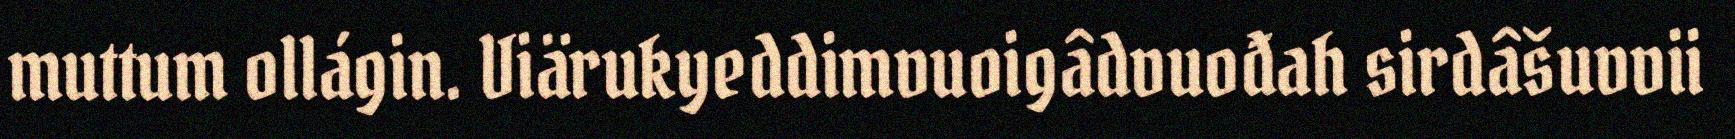
muttum ollágin. Viärukyeddimvuoigâdvuođah sirdâšuvvii